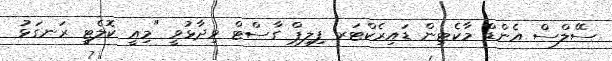
ސޭލްސް އެންޑް މާކެޓިން ޑައިރެކްޓަރ ފިލިޕް ގާސްޓް ވިދާޅުވީ "މިއީ ކޮލެޓީ ރަނގަޅު